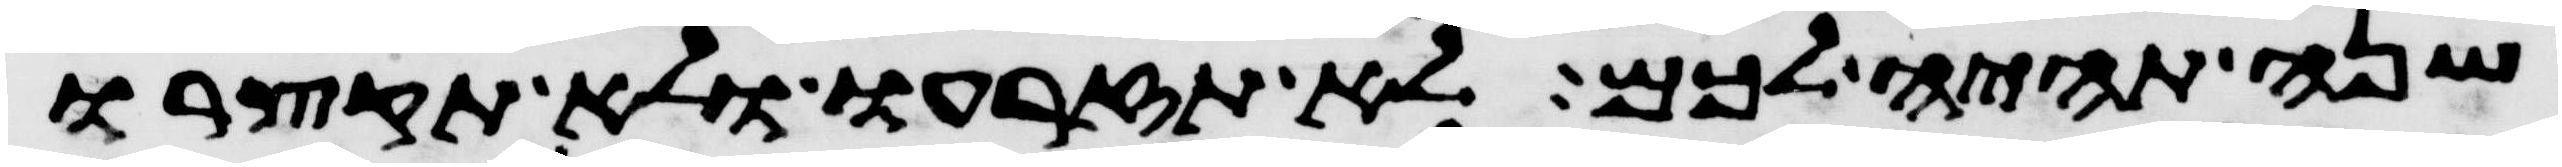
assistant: שנה תהיה לכם לא תזרעו ולא תקצרו